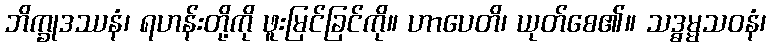
ဘိက္ခုဒဿနံ၊ ရဟန်းတို့ကို ဖူးမြင်ခြင်ကို။ ဟာပေတိ၊ ယုတ်စေ၏။ သဒ္ဓမ္မသဝနံ၊